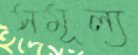
সমূল্য